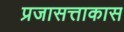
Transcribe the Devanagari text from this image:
प्रजासत्ताकास